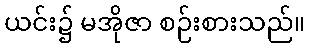
ယင်း၌ မအိုဇာ စဉ်းစားသည်။